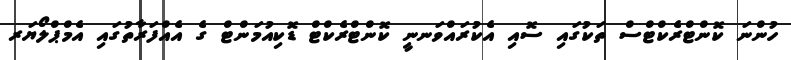
ހުންނަ ކޮންޓްރެކްޓްސް ތަކުގައި ސޮއި އެކުރައްވަނނީ ކޮންޓްރެކްޓް ޑޮކިއުމަންޓް ގެ އެއްފަރާތުގައި އެމްޕްލޯޔަރ